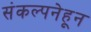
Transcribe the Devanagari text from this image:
संकल्पनेहून